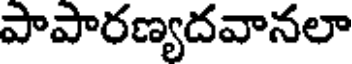
పాపారణ్యదవానలా